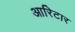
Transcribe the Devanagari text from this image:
आरिटार